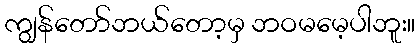
ကျွန်တော်ဘယ်တော့မှ ဘဝမမေ့ပါဘူး။